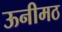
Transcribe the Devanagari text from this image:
ऊनीमठ